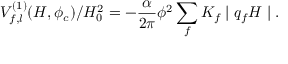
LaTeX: V _ { f , l } ^ { ( 1 ) } ( H , \phi _ { c } ) / H _ { 0 } ^ { 2 } = - \frac { \alpha } { 2 \pi } \phi ^ { 2 } \sum _ { f } K _ { f } \mid q _ { f } H \mid .